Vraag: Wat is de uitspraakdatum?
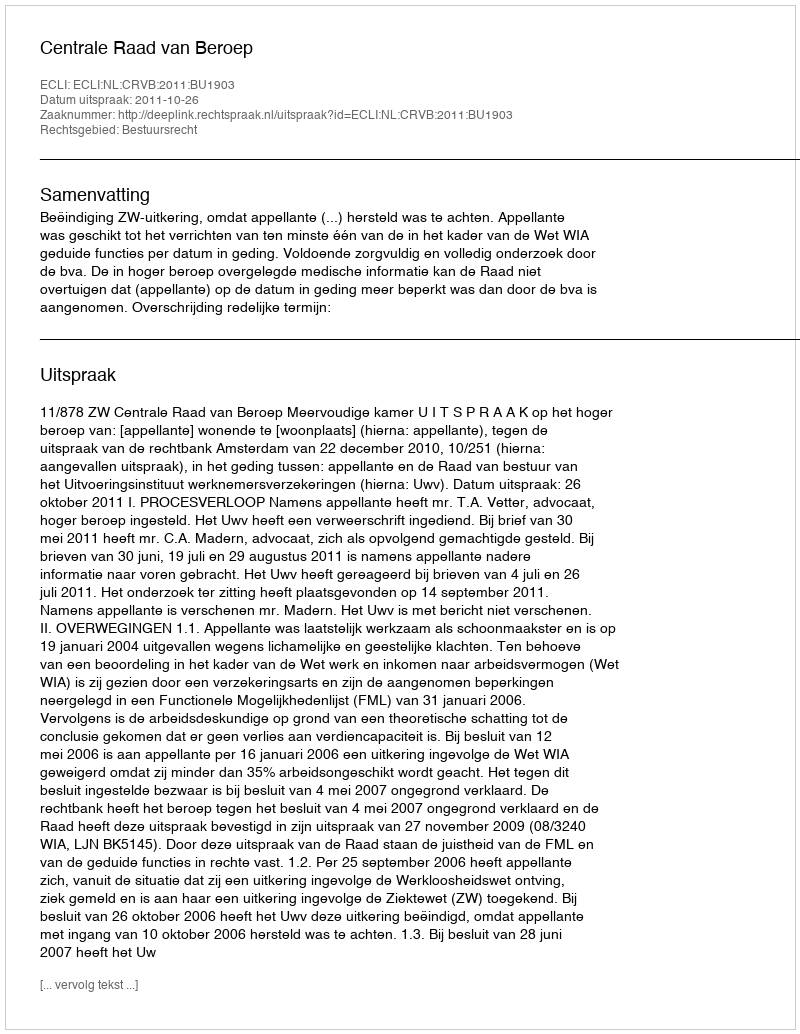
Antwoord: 2011-10-26